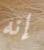
إنه